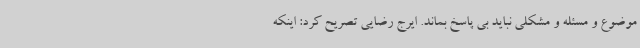
موضوع و مسئله و مشکلی نباید بی پاسخ بماند. ایرج رضایی تصریح کرد: اینکه